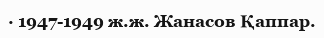
· 1947-1949 ж.ж. Жанасов Қаппар.